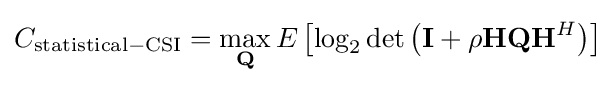
C_{\mathrm {statistical-CSI} }=\max _{\mathbf {Q} }E\left[\log _{2}\det \left(\mathbf {I} +\rho \mathbf {H} \mathbf {Q} \mathbf {H} ^{H}\right)\right]